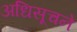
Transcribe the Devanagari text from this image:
अधिसूचने